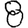
Digit: 8